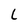
Character: L